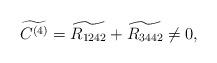
LaTeX: \begin{align*}\widetilde{C^{(4)}} = \widetilde{R_{1242}} + \widetilde{R_{3442}} \neq 0,\end{align*}